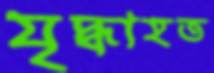
যৃদ্ধাহত